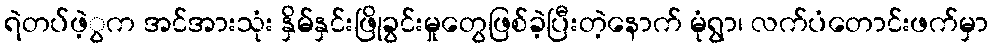
ရဲတပ်ဖဲ့ွက အင်အားသုံး နှိမ်နှင်းဖြိုခွင်းမှုတွေဖြစ်ခဲ့ပြီးတဲ့နောက် မုံရွာ၊ လက်ပံတောင်းဖက်မှာ